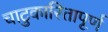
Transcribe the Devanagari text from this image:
चाटुकारितापूर्ण